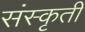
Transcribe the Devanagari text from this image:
संस्कृती